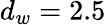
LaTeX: d_{w}=2.5